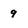
Character: 9